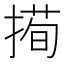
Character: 㨚